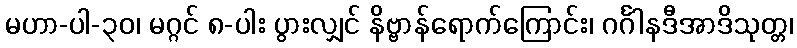
မဟာ-ပါ-၃၀၊ မဂ္ဂင် ၈-ပါး ပွားလျှင် နိဗ္ဗာန်ရောက်ကြောင်း၊ ဂင်္ဂါနဒီအာဒိသုတ္တ၊